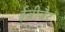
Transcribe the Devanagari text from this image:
ईज़ीजैट